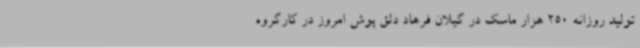
تولید روزانه 250 هزار ماسک در گیلان فرهاد دلق پوش امروز در کارگروه